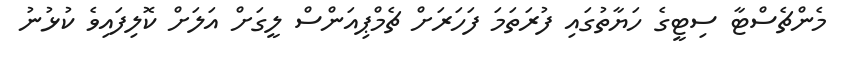
މެންޗެސްޓާ ސިޓީގެ ހަޔާތުގައި ފުރަތަމަ ފަހަރަށް ޗެމްޕިއަންސް ލީގަށް އަލަށް ކޮލިފައިވެ ކުޅުނު